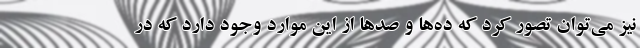
نيز مي‌توان تصور كرد كه ده‌ها و صدها از اين موارد وجود دارد كه در